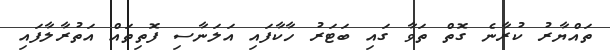
ތައްޔާރު ކުރާނެ ގޮތް ތަވާ ގައި ބަޓަރު ހާކާފައި އަލަނާސި ފޮތިތައް އަތުރާލާފައި